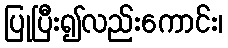
ပြုပြီး၍လည်းကောင်း၊